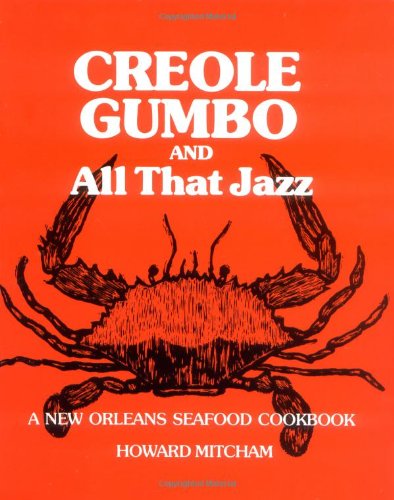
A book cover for Creole Gumbo and All That Jazz: A New Orleans Seafood Cookbook; Howard Mitcham; Cookbooks, Food & Wine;